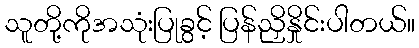
သူတို့ကိုအသုံးပြုခွင့် ပြန်ညှိနှိုင်းပါတယ်။